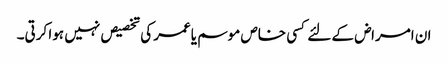
ان امراض کے لئے کسی خاص موسم یاعمر کی تخصیص نہیں ہوا کرتی۔